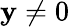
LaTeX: \mathbf{y}\neq0